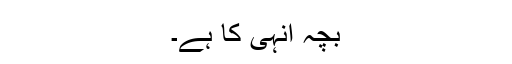
بچہ انہی کا ہے۔